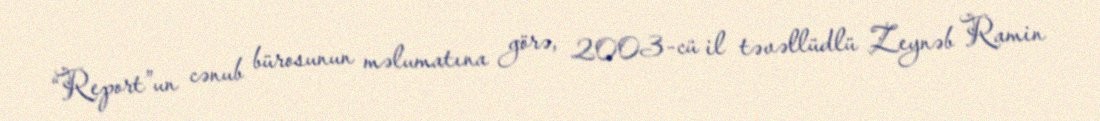
“Report”un cənub bürosunun məlumatına görə, 2003-cü il təvəllüdlü Zeynəb Ramin